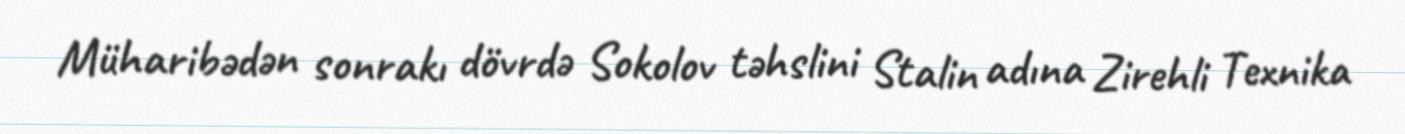
Müharibədən sonrakı dövrdə Sokolov təhslini Stalin adına Zirehli Texnika